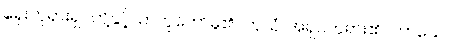
ရှေးဘုရားရှင်တို့နှင့်သာတူတော်မူ၏။ တုယှံ၊ အရှင်ဘုရား၏။ ကာယေ၊